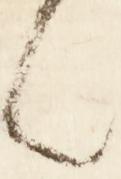
々